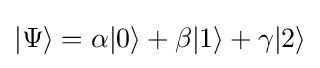
|\Psi \rangle =\alpha |0\rangle +\beta |1\rangle +\gamma |2\rangle